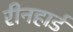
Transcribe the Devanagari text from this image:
रीनहार्ड